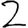
Digit: 2